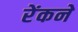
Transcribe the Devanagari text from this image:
रेंकने